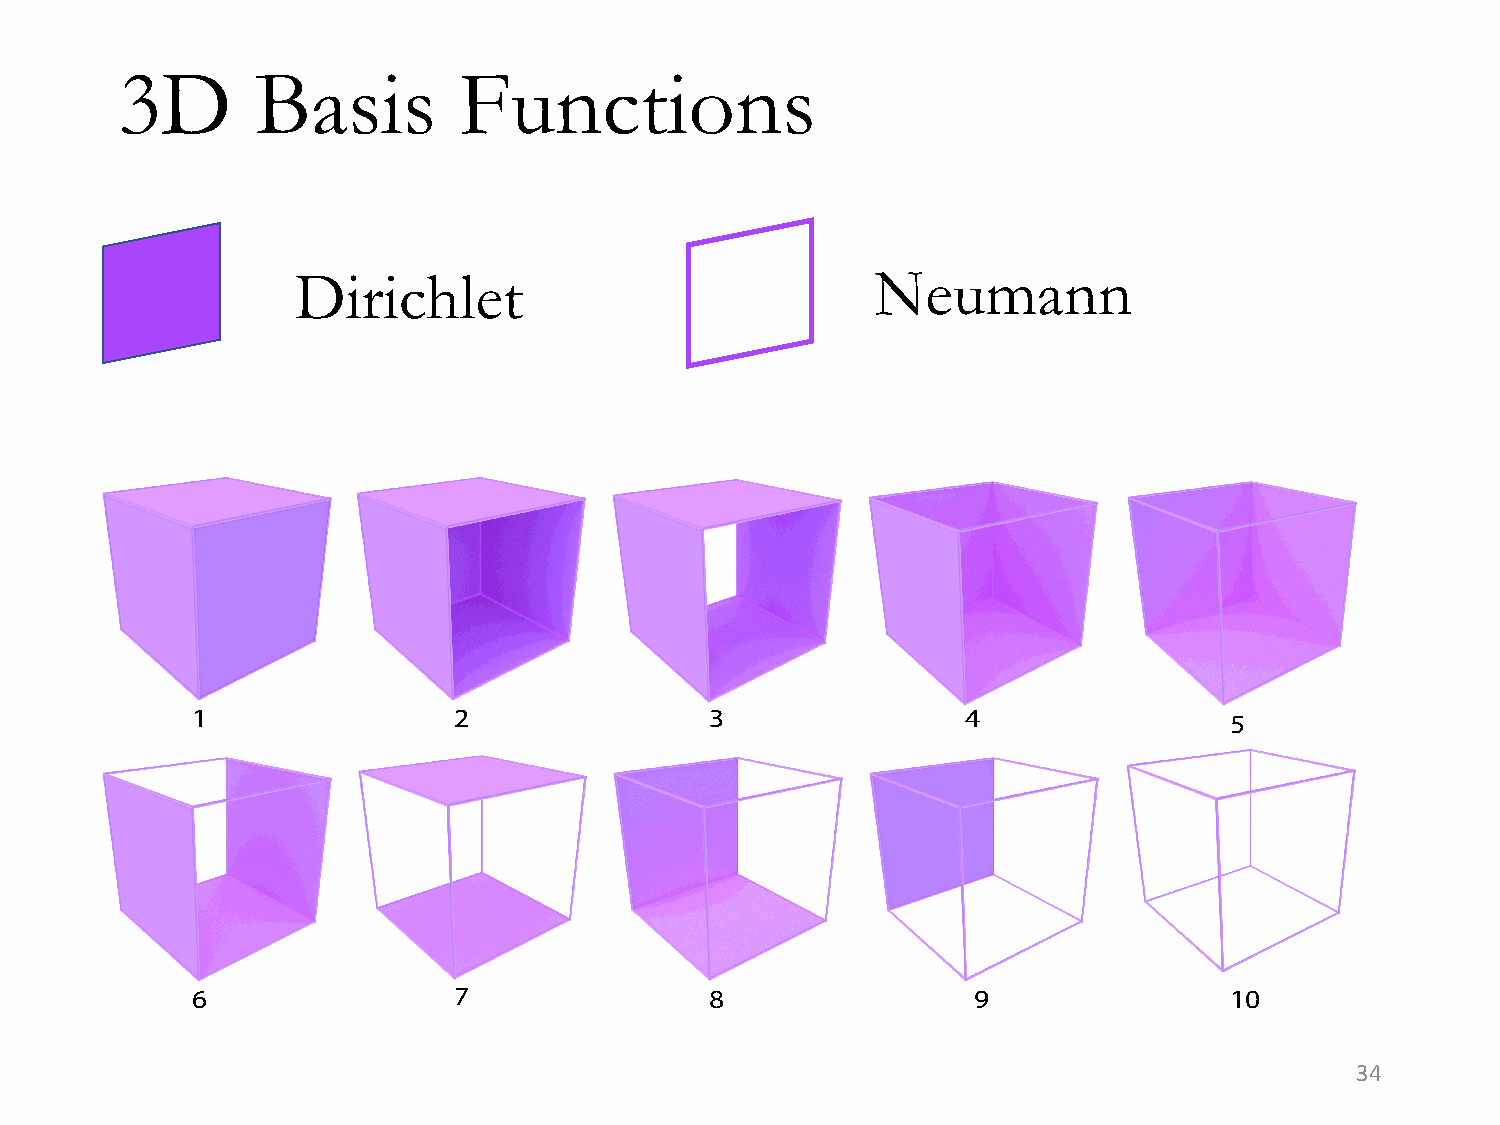
3D       Basis        Functions
 Dirichlet                             Neumann
 1                2                3                4                5
 6                7                8                9                10
 34